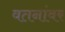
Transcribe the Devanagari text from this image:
वतनांवर